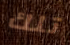
تلك